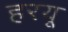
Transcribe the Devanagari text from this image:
हरयू